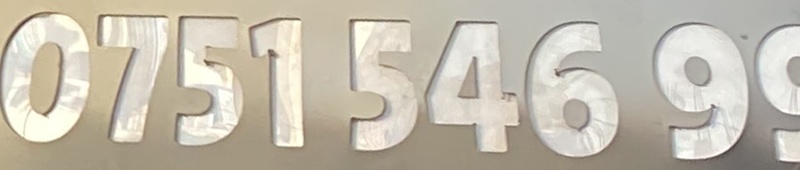
0751 54699